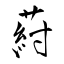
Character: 葤